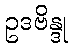
ဥဒဗိန္ဒု